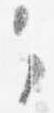
々